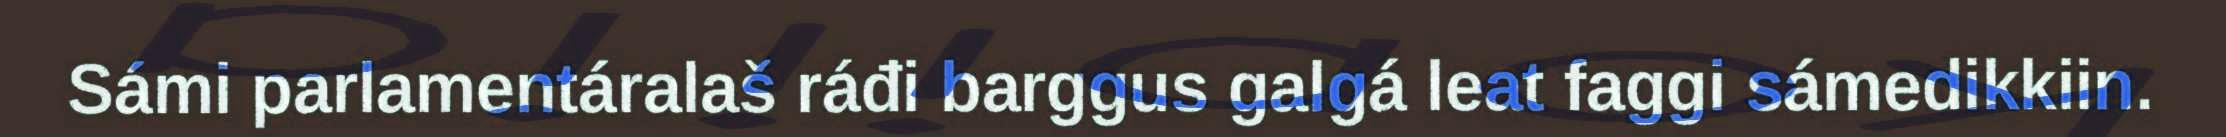
Sámi parlamentáralaš ráđi barggus galgá leat faggi sámedikkiin.